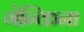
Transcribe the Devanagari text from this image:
गेन्किना